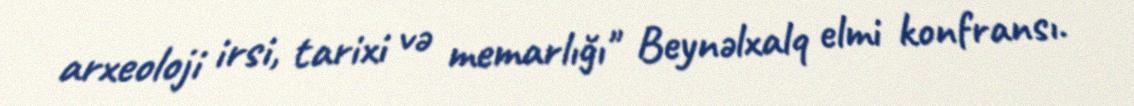
arxeoloji irsi, tarixi və memarlığı" Beynəlxalq elmi konfransı.